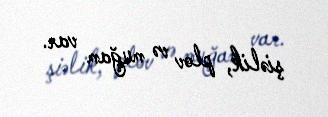
şiəlik, plov və muğam var.